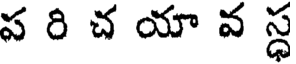
ప రి చ యా వ స్ధ